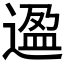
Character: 𬨸